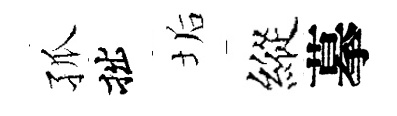
孤拙垢縱摹